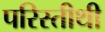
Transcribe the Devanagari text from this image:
परिस्तीथी